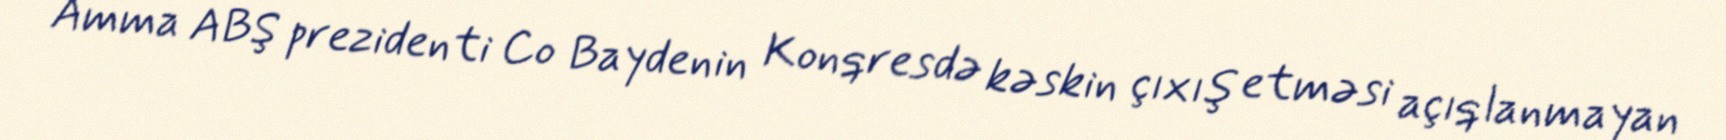
Amma ABŞ prezidenti Co Baydenin Konqresdə kəskin çıxış etməsi açıqlanmayan